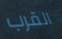
القرب